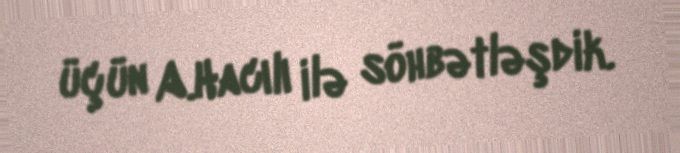
üçün A.Hacılı ilə söhbətləşdik.